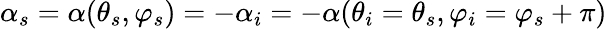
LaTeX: \alpha_{s}=\alpha(\theta_{s},\varphi_{s})=-\alpha_{i}=-\alpha(\theta_{i}=\theta_{s},\varphi_{i}=\varphi_{s}+\pi)